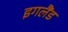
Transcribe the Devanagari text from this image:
इगलैंड